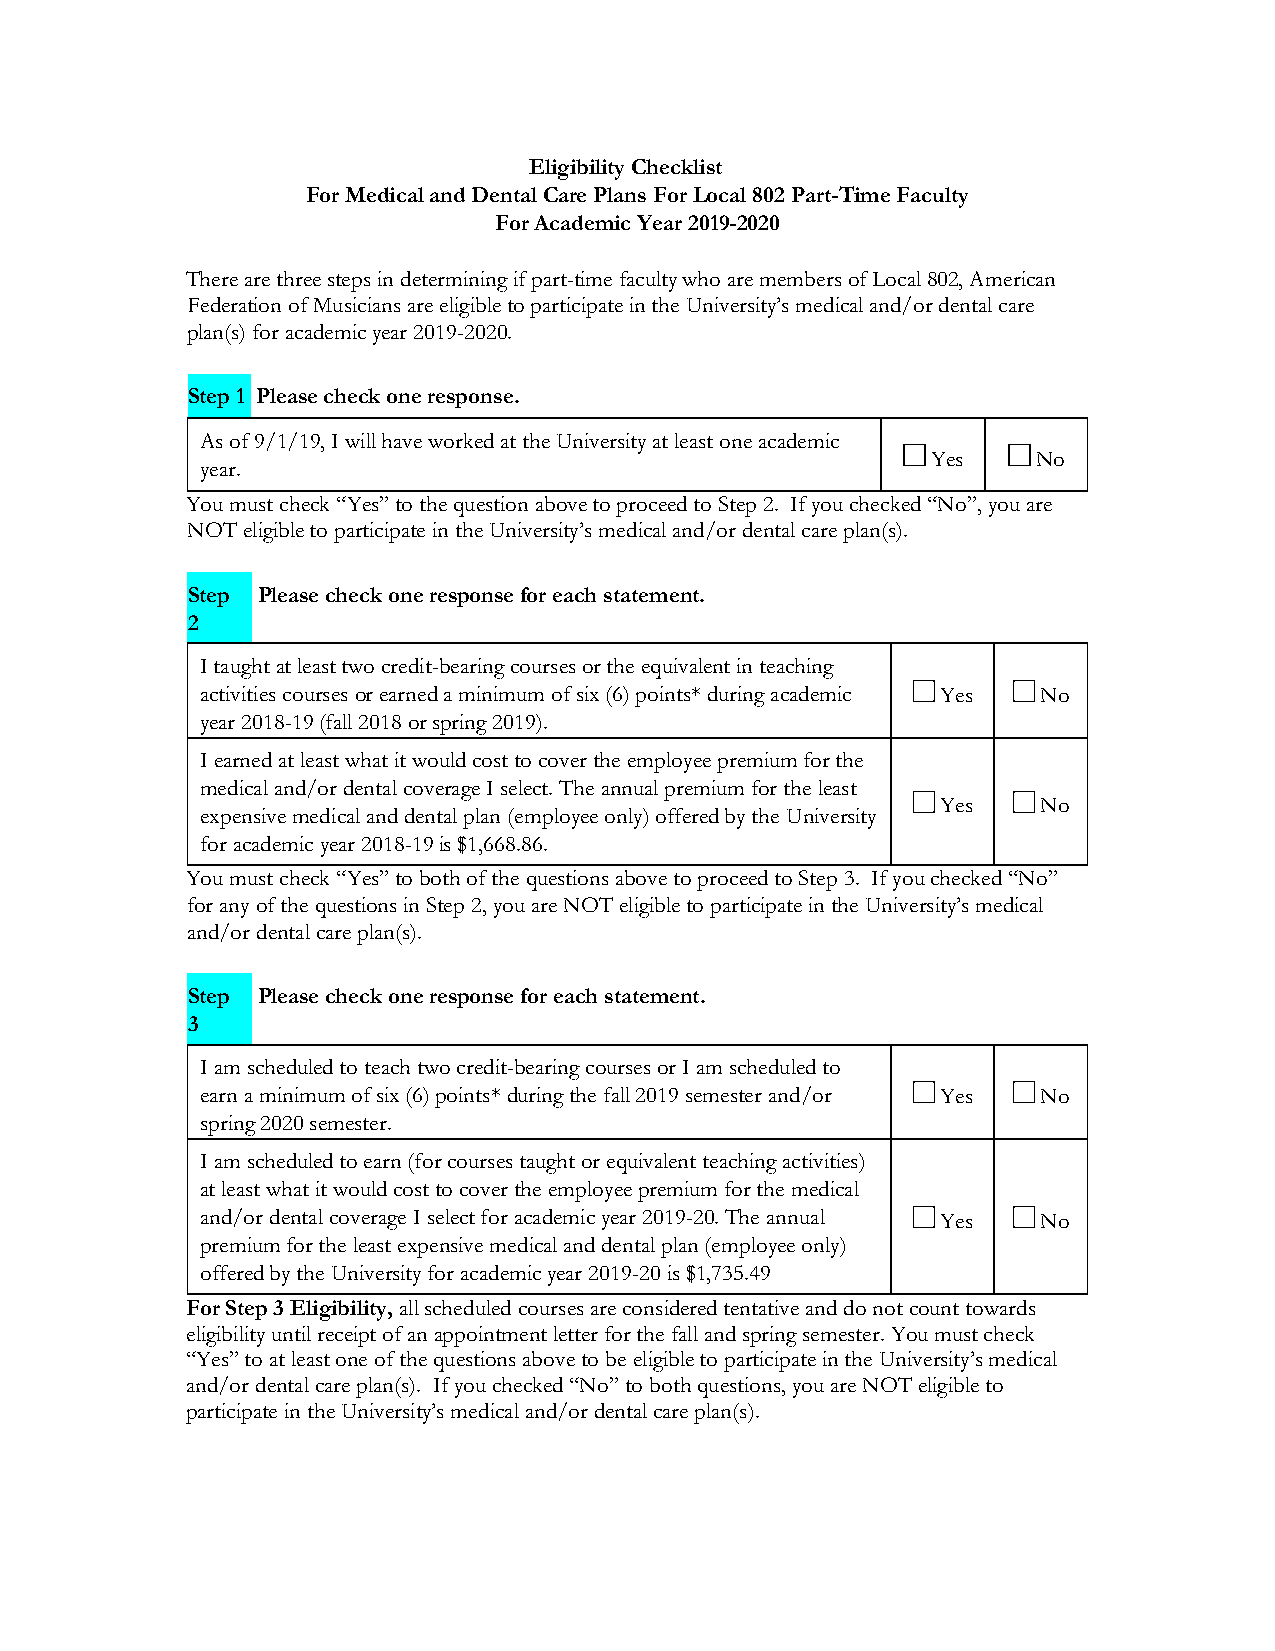
Eligibility Checklist
 For Medical and Dental Care Plans For Local 802 Part-Time Faculty
 For Academic Year 2019-2020
 There are three steps in determining if part-time faculty who are members of Local 802, American
 Federation of Musicians are eligible to participate in the University’s medical and/or dental care
 plan(s) for academic year 2019-2020.
 Step 1 Please check one response.
 As of 9/1/19, I will have worked at the University at least one academic
 Yes    No
 year.
 You must check “Yes” to the question above to proceed to Step 2. If you checked “No”, you are
 NOT eligible to participate in the University’s medical and/or dental care plan(s).
 Step Please check one response for each statement.
 2
 I taught at least two credit-bearing courses or the equivalent in teaching
 activities courses or earned a minimum of six (6) points* during academic Yes No
 year 2018-19 (fall 2018 or spring 2019).
 I earned at least what it would cost to cover the employee premium for the
 medical and/or dental coverage I select. The annual premium for the least
 Yes    No
 expensive medical and dental plan (employee only) offered by the University
 for academic year 2018-19 is $1,668.86.
 You must check “Yes” to both of the questions above to proceed to Step 3. If you checked “No”
 for any of the questions in Step 2, you are NOT eligible to participate in the University’s medical
 and/or dental care plan(s).
 Step Please check one response for each statement.
 3
 I am scheduled to teach two credit-bearing courses or I am scheduled to
 earn a minimum of six (6) points* during the fall 2019 semester and/or Yes No
 spring 2020 semester.
 I am scheduled to earn (for courses taught or equivalent teaching activities)
 at least what it would cost to cover the employee premium for the medical
 and/or dental coverage I select for academic year 2019-20. The annual Yes No
 premium for the least expensive medical and dental plan (employee only)
 offered by the University for academic year 2019-20 is $1,735.49
 For Step 3 Eligibility, all scheduled courses are considered tentative and do not count towards
 eligibility until receipt of an appointment letter for the fall and spring semester. You must check
 “Yes” to at least one of the questions above to be eligible to participate in the University’s medical
 and/or dental care plan(s). If you checked “No” to both questions, you are NOT eligible to
 participate in the University’s medical and/or dental care plan(s).